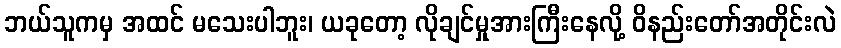
ဘယ်သူကမှ အထင် မသေးပါဘူး၊ ယခုတော့ လိုချင်မှုအားကြီးနေလို့ ဝိနည်းတော်အတိုင်းလဲ